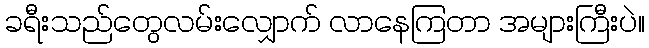
ခရီးသည်တွေလမ်းလျှောက် လာနေကြတာ အများကြီးပဲ။